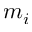
m _ { i }